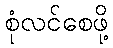
စုံလင်စေဖို့